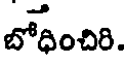
బోధించిరి.